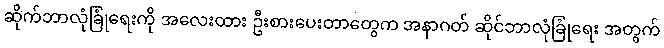
ဆိုက်ဘာလုံခြုံရေးကို အလေးထား ဦးစားပေးတာတွေက အနာဂတ် ဆိုင်ဘာလုံခြုံရေး အတွက်